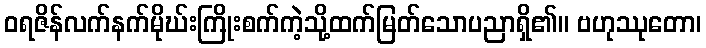
ဝရဇိန်လက်နက်မိုဃ်းကြိုးစက်ကဲ့သို့ထက်မြတ်သောပညာရှိ၏။ ဗဟုဿုတော၊